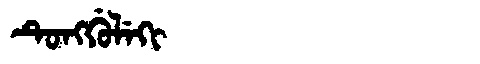
Manchu: ᡨᡠᠩᡤᡠᠯᡝᡴᡳ
Romanization: TUNGGULEKI